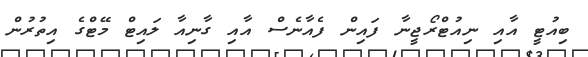
ބިއުޓީ އާއި ނިއުޓްރޯޖީނާ ފައިން ފެއާނެސް އާއި ގާނިއާ ލައިޓް މޭޓްގެ އިތުރުން